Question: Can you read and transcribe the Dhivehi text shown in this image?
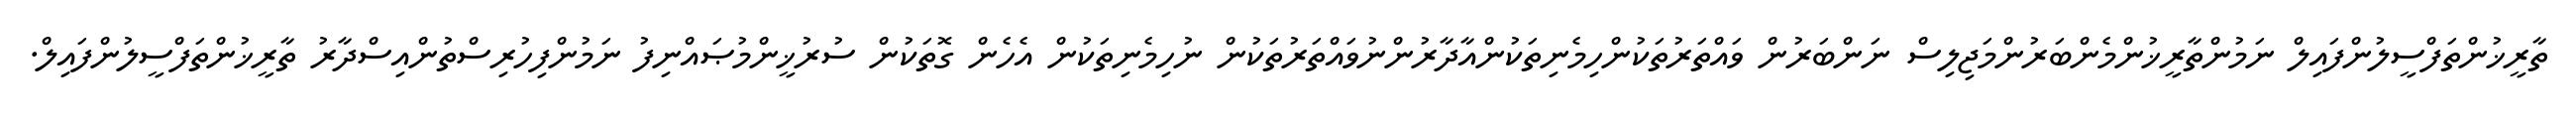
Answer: ތާރީޚުންތަފްސީލުންފައިލް ނަމުންތާރީޚުންމެންބަރުންމަޖިލިސް ނަންބަރުން ވައްތަރުތަކުންހިމެނިތަކުންއާދާރުންނުވައްތަރުތަކުން ނުހިމެނިތަކުން އެހެން ގޮތަކުން ސުރުޚީންމުޞައްނިފު ނަމުންފިހުރިސްތުންއިސްދާރު ތާރީޚުންތަފްސީލުންފައިލް.